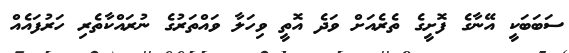
ސަބަބަކީ އޭނާގެ ފޮށީގެ ތެރެއަށް ވަދެ އޮތީ ވިހަލާ ވައްތަރުގެ ނުރައްކާތެރި ހަރުފައެއް